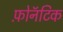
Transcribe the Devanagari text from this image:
फ़ोनॅटिक